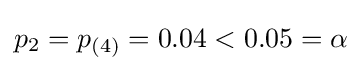
p_{2}=p_{(4)}=0.04<0.05=\alpha